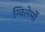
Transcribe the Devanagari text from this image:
ग्विलेर्मो